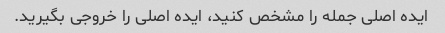
ایده اصلی جمله را مشخص کنید، ایده اصلی را خروجی بگیرید.